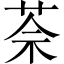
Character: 𦯬